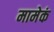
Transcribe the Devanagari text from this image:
मामेकं